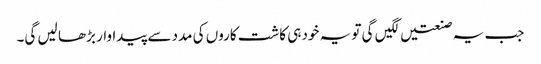
جب یہ صنعتیں لگیں گی تو یہ خود ہی کاشت کاروں کی مدد سے پیداوار بڑھا لیں گی۔